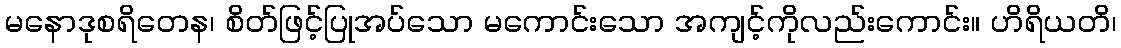
မနောဒုစရိတေန၊ စိတ်ဖြင့်ပြုအပ်သော မကောင်းသော အကျင့်ကိုလည်းကောင်း။ ဟိရိယတိ၊